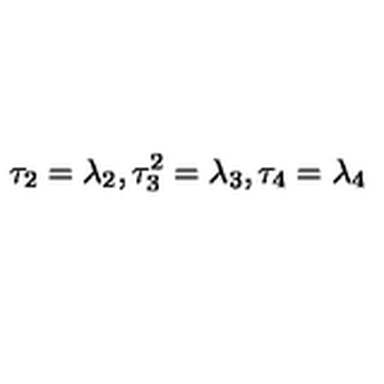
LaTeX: \tau _ { 2 } = \lambda _ { 2 } , \tau _ { 3 } ^ { 2 } = \lambda _ { 3 } , \tau _ { 4 } = \lambda _ { 4 }